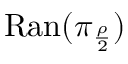
\mathrm { R a n } ( \pi _ { \frac { \rho } { 2 } } )